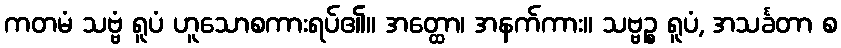
ကတမံ သဗ္ဗံ ရူပံ ဟူသောစကားရပ်၏။ အတ္ထော၊ အနက်ကား။ သဗ္ဗဉ္စ ရူပံ, အသင်္ခတာ စ